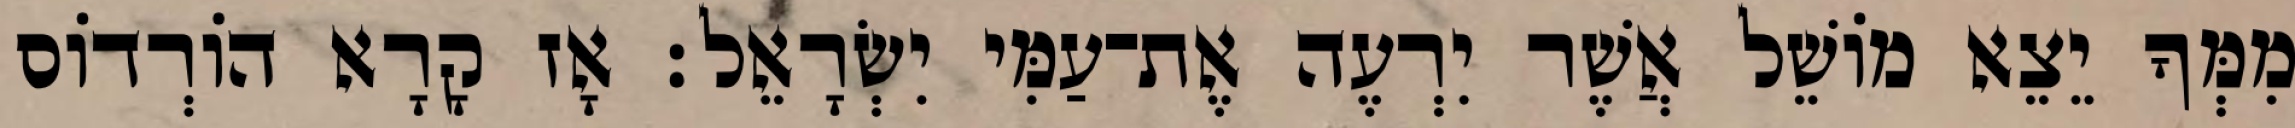
מִמְּךָ יֵצֵא מוֹשֵׁל אֲשֶׁר יִרְעֶה אֶת־עַמִּי יִשְׂרָאֵל׃ אָז קָרָא הוֹרְדוֹס